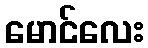
မောင်လေး